Civil Veterinary Department. Central Provinces & Berar 1925-31 - 1925-1931
Year: 1925
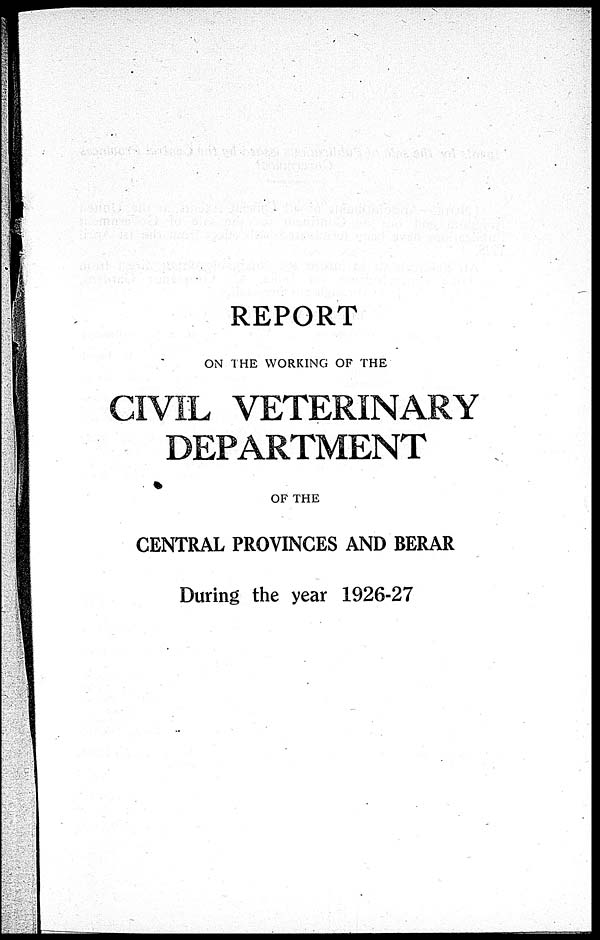
REPORT
ON THE WORKING OF THE
CIVIL VETERINARY
DEPARTMENT
OF THE
CENTRAL PROVINCES AND BERAR
During the year 1926-27